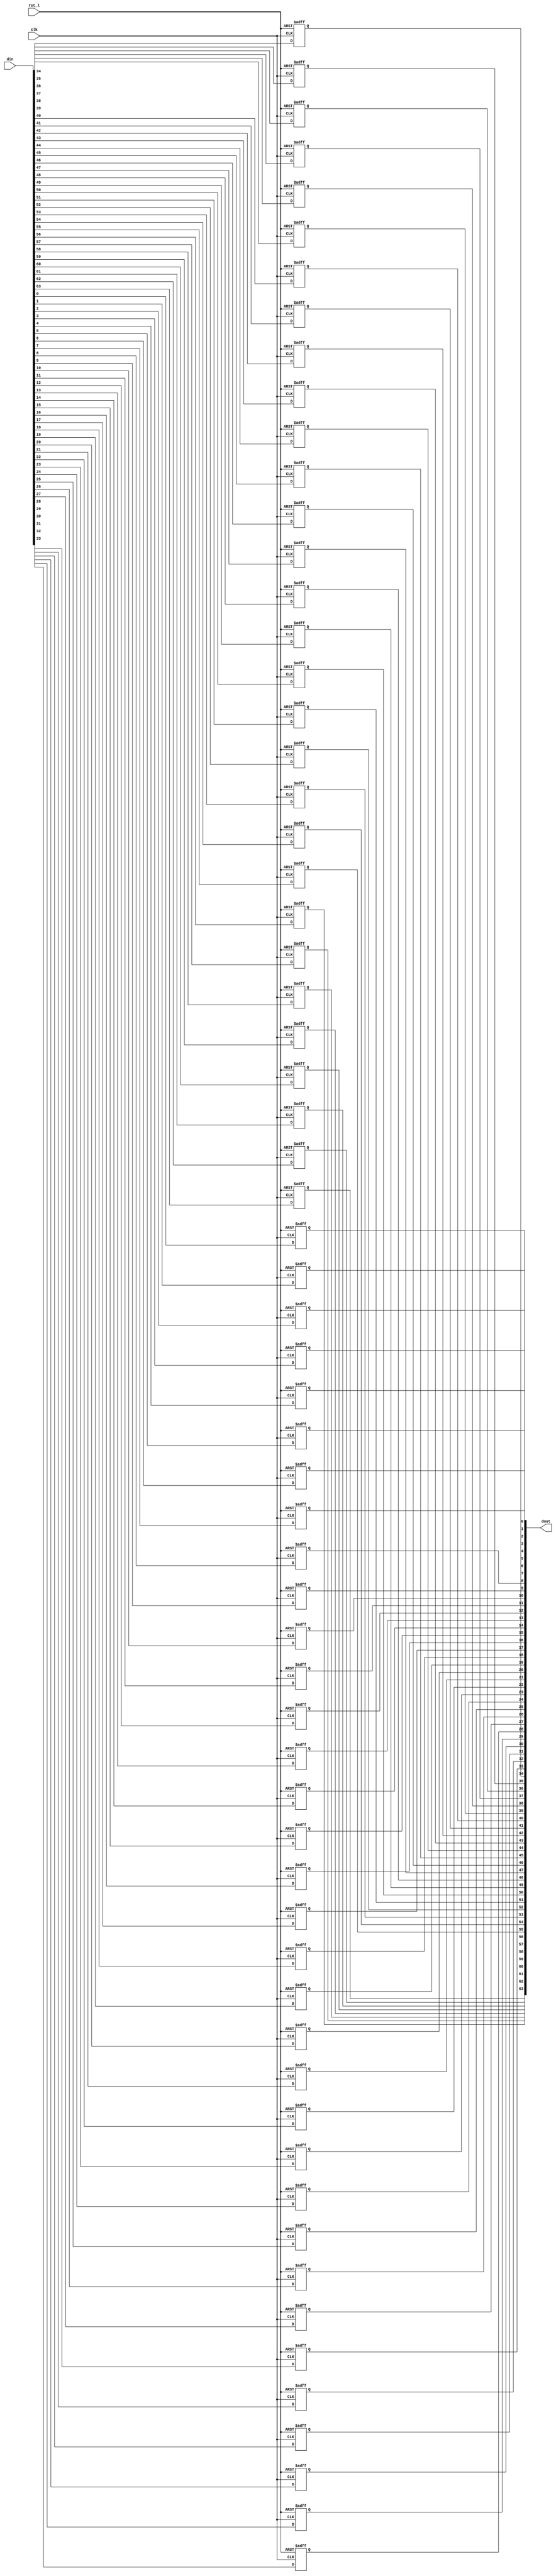
module rvdff_WIDTH64
(
  din,
  clk,
  rst_l,
  dout
);

  input [63:0] din;
  output [63:0] dout;
  input clk;
  input rst_l;
  wire N0;
  reg [63:0] dout;

  always @(posedge clk or posedge N0) begin
    if(N0) begin
      dout[63] <= 1'b0;
    end else if(1'b1) begin
      dout[63] <= din[63];
    end
  end


  always @(posedge clk or posedge N0) begin
    if(N0) begin
      dout[62] <= 1'b0;
    end else if(1'b1) begin
      dout[62] <= din[62];
    end
  end


  always @(posedge clk or posedge N0) begin
    if(N0) begin
      dout[61] <= 1'b0;
    end else if(1'b1) begin
      dout[61] <= din[61];
    end
  end


  always @(posedge clk or posedge N0) begin
    if(N0) begin
      dout[60] <= 1'b0;
    end else if(1'b1) begin
      dout[60] <= din[60];
    end
  end


  always @(posedge clk or posedge N0) begin
    if(N0) begin
      dout[59] <= 1'b0;
    end else if(1'b1) begin
      dout[59] <= din[59];
    end
  end


  always @(posedge clk or posedge N0) begin
    if(N0) begin
      dout[58] <= 1'b0;
    end else if(1'b1) begin
      dout[58] <= din[58];
    end
  end


  always @(posedge clk or posedge N0) begin
    if(N0) begin
      dout[57] <= 1'b0;
    end else if(1'b1) begin
      dout[57] <= din[57];
    end
  end


  always @(posedge clk or posedge N0) begin
    if(N0) begin
      dout[56] <= 1'b0;
    end else if(1'b1) begin
      dout[56] <= din[56];
    end
  end


  always @(posedge clk or posedge N0) begin
    if(N0) begin
      dout[55] <= 1'b0;
    end else if(1'b1) begin
      dout[55] <= din[55];
    end
  end


  always @(posedge clk or posedge N0) begin
    if(N0) begin
      dout[54] <= 1'b0;
    end else if(1'b1) begin
      dout[54] <= din[54];
    end
  end


  always @(posedge clk or posedge N0) begin
    if(N0) begin
      dout[53] <= 1'b0;
    end else if(1'b1) begin
      dout[53] <= din[53];
    end
  end


  always @(posedge clk or posedge N0) begin
    if(N0) begin
      dout[52] <= 1'b0;
    end else if(1'b1) begin
      dout[52] <= din[52];
    end
  end


  always @(posedge clk or posedge N0) begin
    if(N0) begin
      dout[51] <= 1'b0;
    end else if(1'b1) begin
      dout[51] <= din[51];
    end
  end


  always @(posedge clk or posedge N0) begin
    if(N0) begin
      dout[50] <= 1'b0;
    end else if(1'b1) begin
      dout[50] <= din[50];
    end
  end


  always @(posedge clk or posedge N0) begin
    if(N0) begin
      dout[49] <= 1'b0;
    end else if(1'b1) begin
      dout[49] <= din[49];
    end
  end


  always @(posedge clk or posedge N0) begin
    if(N0) begin
      dout[48] <= 1'b0;
    end else if(1'b1) begin
      dout[48] <= din[48];
    end
  end


  always @(posedge clk or posedge N0) begin
    if(N0) begin
      dout[47] <= 1'b0;
    end else if(1'b1) begin
      dout[47] <= din[47];
    end
  end


  always @(posedge clk or posedge N0) begin
    if(N0) begin
      dout[46] <= 1'b0;
    end else if(1'b1) begin
      dout[46] <= din[46];
    end
  end


  always @(posedge clk or posedge N0) begin
    if(N0) begin
      dout[45] <= 1'b0;
    end else if(1'b1) begin
      dout[45] <= din[45];
    end
  end


  always @(posedge clk or posedge N0) begin
    if(N0) begin
      dout[44] <= 1'b0;
    end else if(1'b1) begin
      dout[44] <= din[44];
    end
  end


  always @(posedge clk or posedge N0) begin
    if(N0) begin
      dout[43] <= 1'b0;
    end else if(1'b1) begin
      dout[43] <= din[43];
    end
  end


  always @(posedge clk or posedge N0) begin
    if(N0) begin
      dout[42] <= 1'b0;
    end else if(1'b1) begin
      dout[42] <= din[42];
    end
  end


  always @(posedge clk or posedge N0) begin
    if(N0) begin
      dout[41] <= 1'b0;
    end else if(1'b1) begin
      dout[41] <= din[41];
    end
  end


  always @(posedge clk or posedge N0) begin
    if(N0) begin
      dout[40] <= 1'b0;
    end else if(1'b1) begin
      dout[40] <= din[40];
    end
  end


  always @(posedge clk or posedge N0) begin
    if(N0) begin
      dout[39] <= 1'b0;
    end else if(1'b1) begin
      dout[39] <= din[39];
    end
  end


  always @(posedge clk or posedge N0) begin
    if(N0) begin
      dout[38] <= 1'b0;
    end else if(1'b1) begin
      dout[38] <= din[38];
    end
  end


  always @(posedge clk or posedge N0) begin
    if(N0) begin
      dout[37] <= 1'b0;
    end else if(1'b1) begin
      dout[37] <= din[37];
    end
  end


  always @(posedge clk or posedge N0) begin
    if(N0) begin
      dout[36] <= 1'b0;
    end else if(1'b1) begin
      dout[36] <= din[36];
    end
  end


  always @(posedge clk or posedge N0) begin
    if(N0) begin
      dout[35] <= 1'b0;
    end else if(1'b1) begin
      dout[35] <= din[35];
    end
  end


  always @(posedge clk or posedge N0) begin
    if(N0) begin
      dout[34] <= 1'b0;
    end else if(1'b1) begin
      dout[34] <= din[34];
    end
  end


  always @(posedge clk or posedge N0) begin
    if(N0) begin
      dout[33] <= 1'b0;
    end else if(1'b1) begin
      dout[33] <= din[33];
    end
  end


  always @(posedge clk or posedge N0) begin
    if(N0) begin
      dout[32] <= 1'b0;
    end else if(1'b1) begin
      dout[32] <= din[32];
    end
  end


  always @(posedge clk or posedge N0) begin
    if(N0) begin
      dout[31] <= 1'b0;
    end else if(1'b1) begin
      dout[31] <= din[31];
    end
  end


  always @(posedge clk or posedge N0) begin
    if(N0) begin
      dout[30] <= 1'b0;
    end else if(1'b1) begin
      dout[30] <= din[30];
    end
  end


  always @(posedge clk or posedge N0) begin
    if(N0) begin
      dout[29] <= 1'b0;
    end else if(1'b1) begin
      dout[29] <= din[29];
    end
  end


  always @(posedge clk or posedge N0) begin
    if(N0) begin
      dout[28] <= 1'b0;
    end else if(1'b1) begin
      dout[28] <= din[28];
    end
  end


  always @(posedge clk or posedge N0) begin
    if(N0) begin
      dout[27] <= 1'b0;
    end else if(1'b1) begin
      dout[27] <= din[27];
    end
  end


  always @(posedge clk or posedge N0) begin
    if(N0) begin
      dout[26] <= 1'b0;
    end else if(1'b1) begin
      dout[26] <= din[26];
    end
  end


  always @(posedge clk or posedge N0) begin
    if(N0) begin
      dout[25] <= 1'b0;
    end else if(1'b1) begin
      dout[25] <= din[25];
    end
  end


  always @(posedge clk or posedge N0) begin
    if(N0) begin
      dout[24] <= 1'b0;
    end else if(1'b1) begin
      dout[24] <= din[24];
    end
  end


  always @(posedge clk or posedge N0) begin
    if(N0) begin
      dout[23] <= 1'b0;
    end else if(1'b1) begin
      dout[23] <= din[23];
    end
  end


  always @(posedge clk or posedge N0) begin
    if(N0) begin
      dout[22] <= 1'b0;
    end else if(1'b1) begin
      dout[22] <= din[22];
    end
  end


  always @(posedge clk or posedge N0) begin
    if(N0) begin
      dout[21] <= 1'b0;
    end else if(1'b1) begin
      dout[21] <= din[21];
    end
  end


  always @(posedge clk or posedge N0) begin
    if(N0) begin
      dout[20] <= 1'b0;
    end else if(1'b1) begin
      dout[20] <= din[20];
    end
  end


  always @(posedge clk or posedge N0) begin
    if(N0) begin
      dout[19] <= 1'b0;
    end else if(1'b1) begin
      dout[19] <= din[19];
    end
  end


  always @(posedge clk or posedge N0) begin
    if(N0) begin
      dout[18] <= 1'b0;
    end else if(1'b1) begin
      dout[18] <= din[18];
    end
  end


  always @(posedge clk or posedge N0) begin
    if(N0) begin
      dout[17] <= 1'b0;
    end else if(1'b1) begin
      dout[17] <= din[17];
    end
  end


  always @(posedge clk or posedge N0) begin
    if(N0) begin
      dout[16] <= 1'b0;
    end else if(1'b1) begin
      dout[16] <= din[16];
    end
  end


  always @(posedge clk or posedge N0) begin
    if(N0) begin
      dout[15] <= 1'b0;
    end else if(1'b1) begin
      dout[15] <= din[15];
    end
  end


  always @(posedge clk or posedge N0) begin
    if(N0) begin
      dout[14] <= 1'b0;
    end else if(1'b1) begin
      dout[14] <= din[14];
    end
  end


  always @(posedge clk or posedge N0) begin
    if(N0) begin
      dout[13] <= 1'b0;
    end else if(1'b1) begin
      dout[13] <= din[13];
    end
  end


  always @(posedge clk or posedge N0) begin
    if(N0) begin
      dout[12] <= 1'b0;
    end else if(1'b1) begin
      dout[12] <= din[12];
    end
  end


  always @(posedge clk or posedge N0) begin
    if(N0) begin
      dout[11] <= 1'b0;
    end else if(1'b1) begin
      dout[11] <= din[11];
    end
  end


  always @(posedge clk or posedge N0) begin
    if(N0) begin
      dout[10] <= 1'b0;
    end else if(1'b1) begin
      dout[10] <= din[10];
    end
  end


  always @(posedge clk or posedge N0) begin
    if(N0) begin
      dout[9] <= 1'b0;
    end else if(1'b1) begin
      dout[9] <= din[9];
    end
  end


  always @(posedge clk or posedge N0) begin
    if(N0) begin
      dout[8] <= 1'b0;
    end else if(1'b1) begin
      dout[8] <= din[8];
    end
  end


  always @(posedge clk or posedge N0) begin
    if(N0) begin
      dout[7] <= 1'b0;
    end else if(1'b1) begin
      dout[7] <= din[7];
    end
  end


  always @(posedge clk or posedge N0) begin
    if(N0) begin
      dout[6] <= 1'b0;
    end else if(1'b1) begin
      dout[6] <= din[6];
    end
  end


  always @(posedge clk or posedge N0) begin
    if(N0) begin
      dout[5] <= 1'b0;
    end else if(1'b1) begin
      dout[5] <= din[5];
    end
  end


  always @(posedge clk or posedge N0) begin
    if(N0) begin
      dout[4] <= 1'b0;
    end else if(1'b1) begin
      dout[4] <= din[4];
    end
  end


  always @(posedge clk or posedge N0) begin
    if(N0) begin
      dout[3] <= 1'b0;
    end else if(1'b1) begin
      dout[3] <= din[3];
    end
  end


  always @(posedge clk or posedge N0) begin
    if(N0) begin
      dout[2] <= 1'b0;
    end else if(1'b1) begin
      dout[2] <= din[2];
    end
  end


  always @(posedge clk or posedge N0) begin
    if(N0) begin
      dout[1] <= 1'b0;
    end else if(1'b1) begin
      dout[1] <= din[1];
    end
  end


  always @(posedge clk or posedge N0) begin
    if(N0) begin
      dout[0] <= 1'b0;
    end else if(1'b1) begin
      dout[0] <= din[0];
    end
  end

  assign N0 = ~rst_l;

endmodule